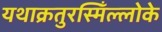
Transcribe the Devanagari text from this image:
यथाक्रतुरस्मिँल्लोके